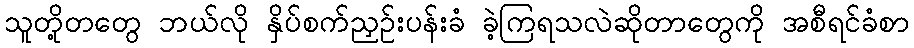
သူတို့တတွေ ဘယ်လို နှိပ်စက်ညှဉ်းပန်းခံ ခဲ့ကြရသလဲဆိုတာတွေကို အစီရင်ခံစာ